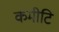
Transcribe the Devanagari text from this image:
कमीटि